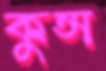
কুন্স